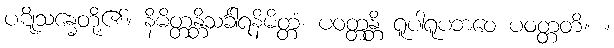
ပဋိုသန္ဓေတို့၏။ နိမိတ္တန္တိသင်္ခါရနိမိတ္တံ၊ ပဝတ္တန္တိ ရူပါရူပဘဝေ ပဝတ္တတိ။ ။